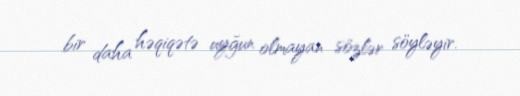
bir daha həqiqətə uyğun olmayan sözlər söyləyir.